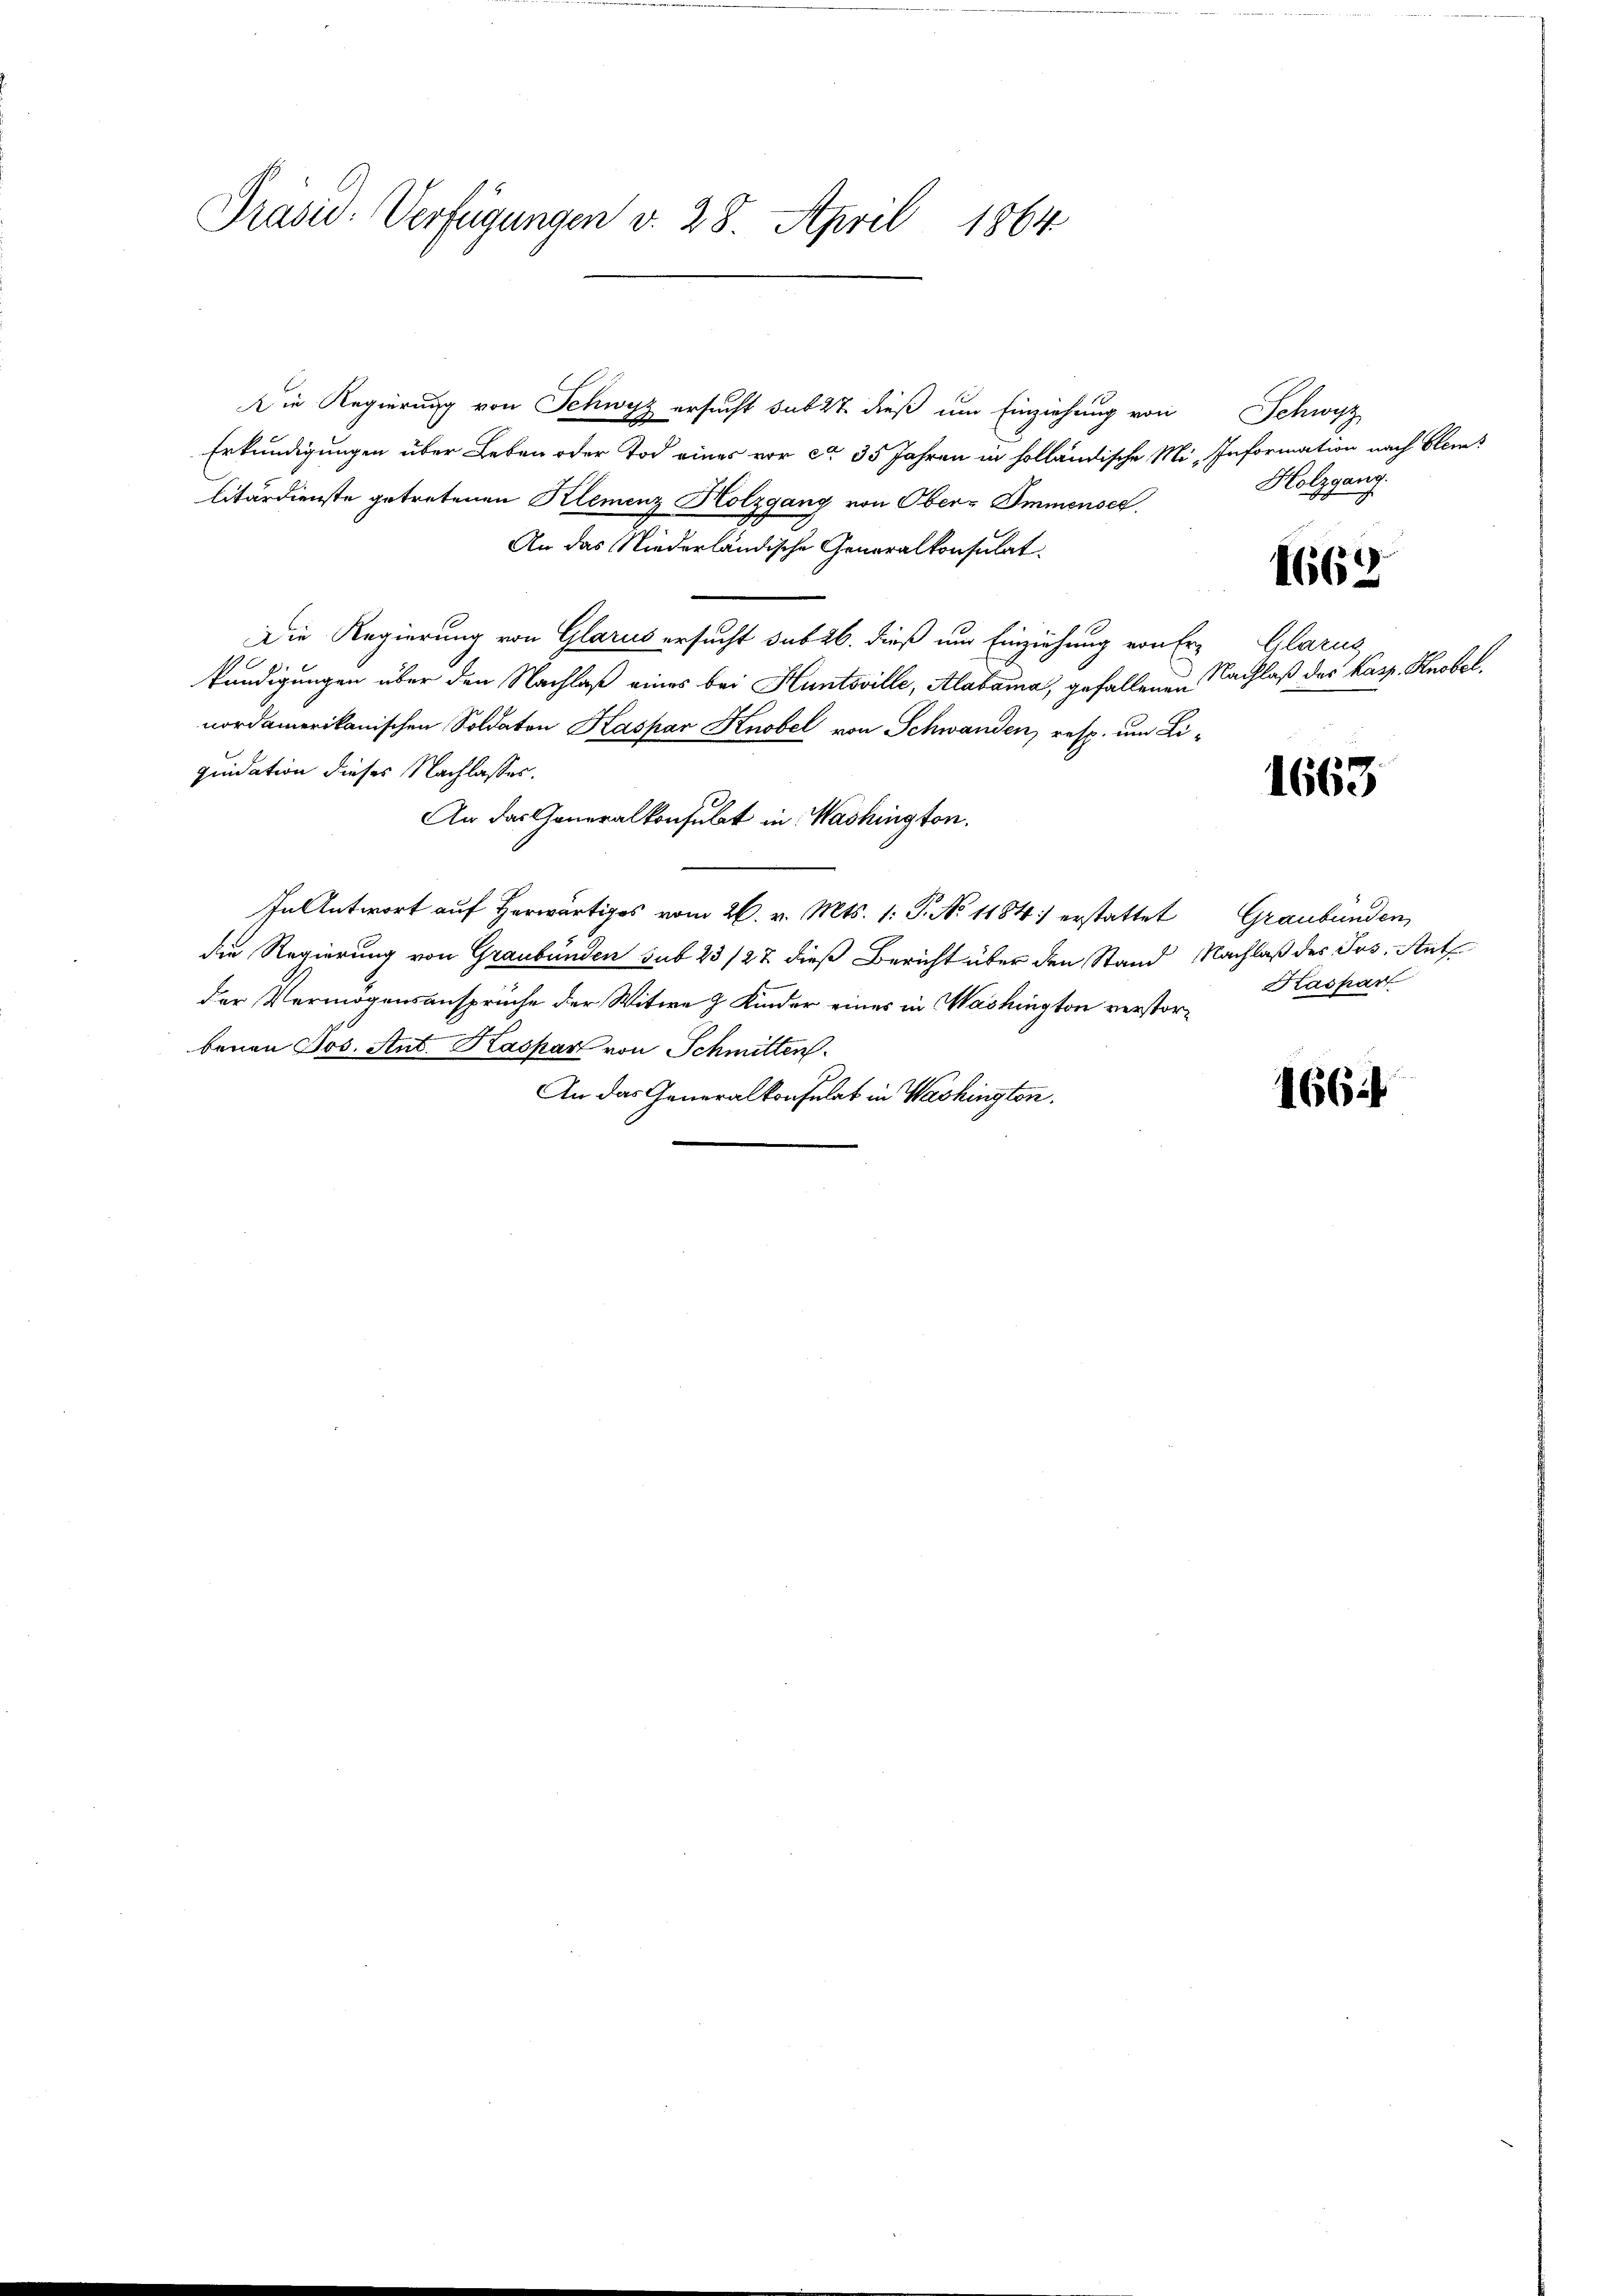
Präsid. Verfügungen v. 28. April 1864

Die Regierung von Schwyz ersucht sub 27. dieß um Einziehung von
Erkundigungen über Leben oder Tod eines vor ca 35 Jahren in holländische Mi-Information nach Elem
litärdienste getretenen Klemenz Holzgang von Ober-Immensee.
An das Niederländische Generalkonsulat
Die Regierung von Glarus ersucht sub 26. dieß und Einziehung von Er Glarus
kündigungen über den Nachlaß eines bei Huntsville, Alabama, gefallenen Nachlaß des Kasp. Knobel,
nordamerikanischen Soldaten Kaspar Knobel von Schwanden, resp. um Li-
quidation dieses Nachlasses.
An das Generalkonsulat in Washington.
In Antwort auf herwärtiges vom 26. v. Mts. 1: P. No 1184) erstattet
die Regierung von Graubünden sub 23/22 dieß Bericht über den Stand Nachlaß des Jos. Ant
der Vermögensansprüche der Witwe z. Kinder eines in Washington verstor-Haskan
benen Jos. Ant. Kaspar von Schmitten
An das Generalkonsulat in Washington.

Schwyz
Holzgang.

1663

1663

1664

Graubünden